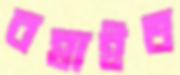
বহাইত